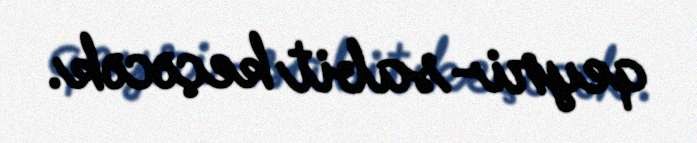
qeyri-sabit keçəcək.